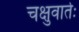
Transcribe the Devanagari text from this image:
चक्षुवार्तः